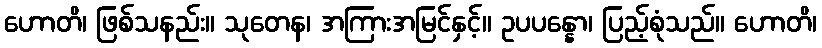
ဟောတိ၊ ဖြစ်သနည်း။ သုတေန၊ အကြားအမြင်နှင့်။ ဥပပန္နော၊ ပြည့်စုံသည်။ ဟောတိ၊